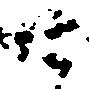
廿